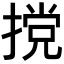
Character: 𫽮